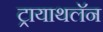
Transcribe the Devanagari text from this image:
ट्रायाथलॅन